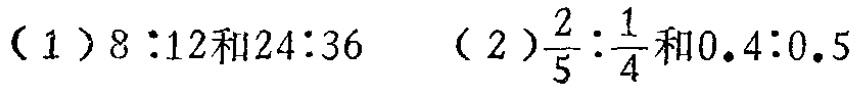
（1）$8:12$和$24:36$  （2）$\frac{2}{5}:\frac{1}{4}$和$0.4:0.5$